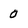
Character: 0